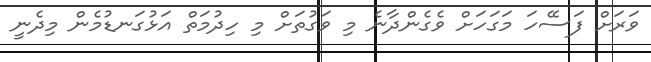
ވަރަށް ފަސޭހަ މަގަހަށް ވެގެންދާނެ މި ވަގުތަށް މި ހިދުމަތް އަޅުގަނޑުމެން މިދެނީ